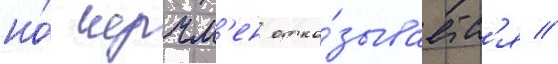
но́ черчм'ен отка́зываетс'я //